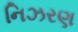
નિઝરણ